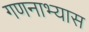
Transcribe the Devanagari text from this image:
गणनाभ्यास